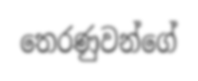
තෙරණුවන්ගේ